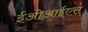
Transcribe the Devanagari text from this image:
ईओआईएस